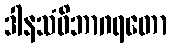
ဒါနသံဝိဘာဂရတော